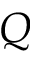
Q